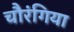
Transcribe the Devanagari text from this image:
चौरंगिया